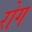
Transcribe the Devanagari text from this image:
रोग